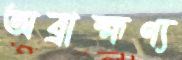
অব্রাহ্মণ্য